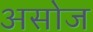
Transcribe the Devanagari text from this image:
असोज